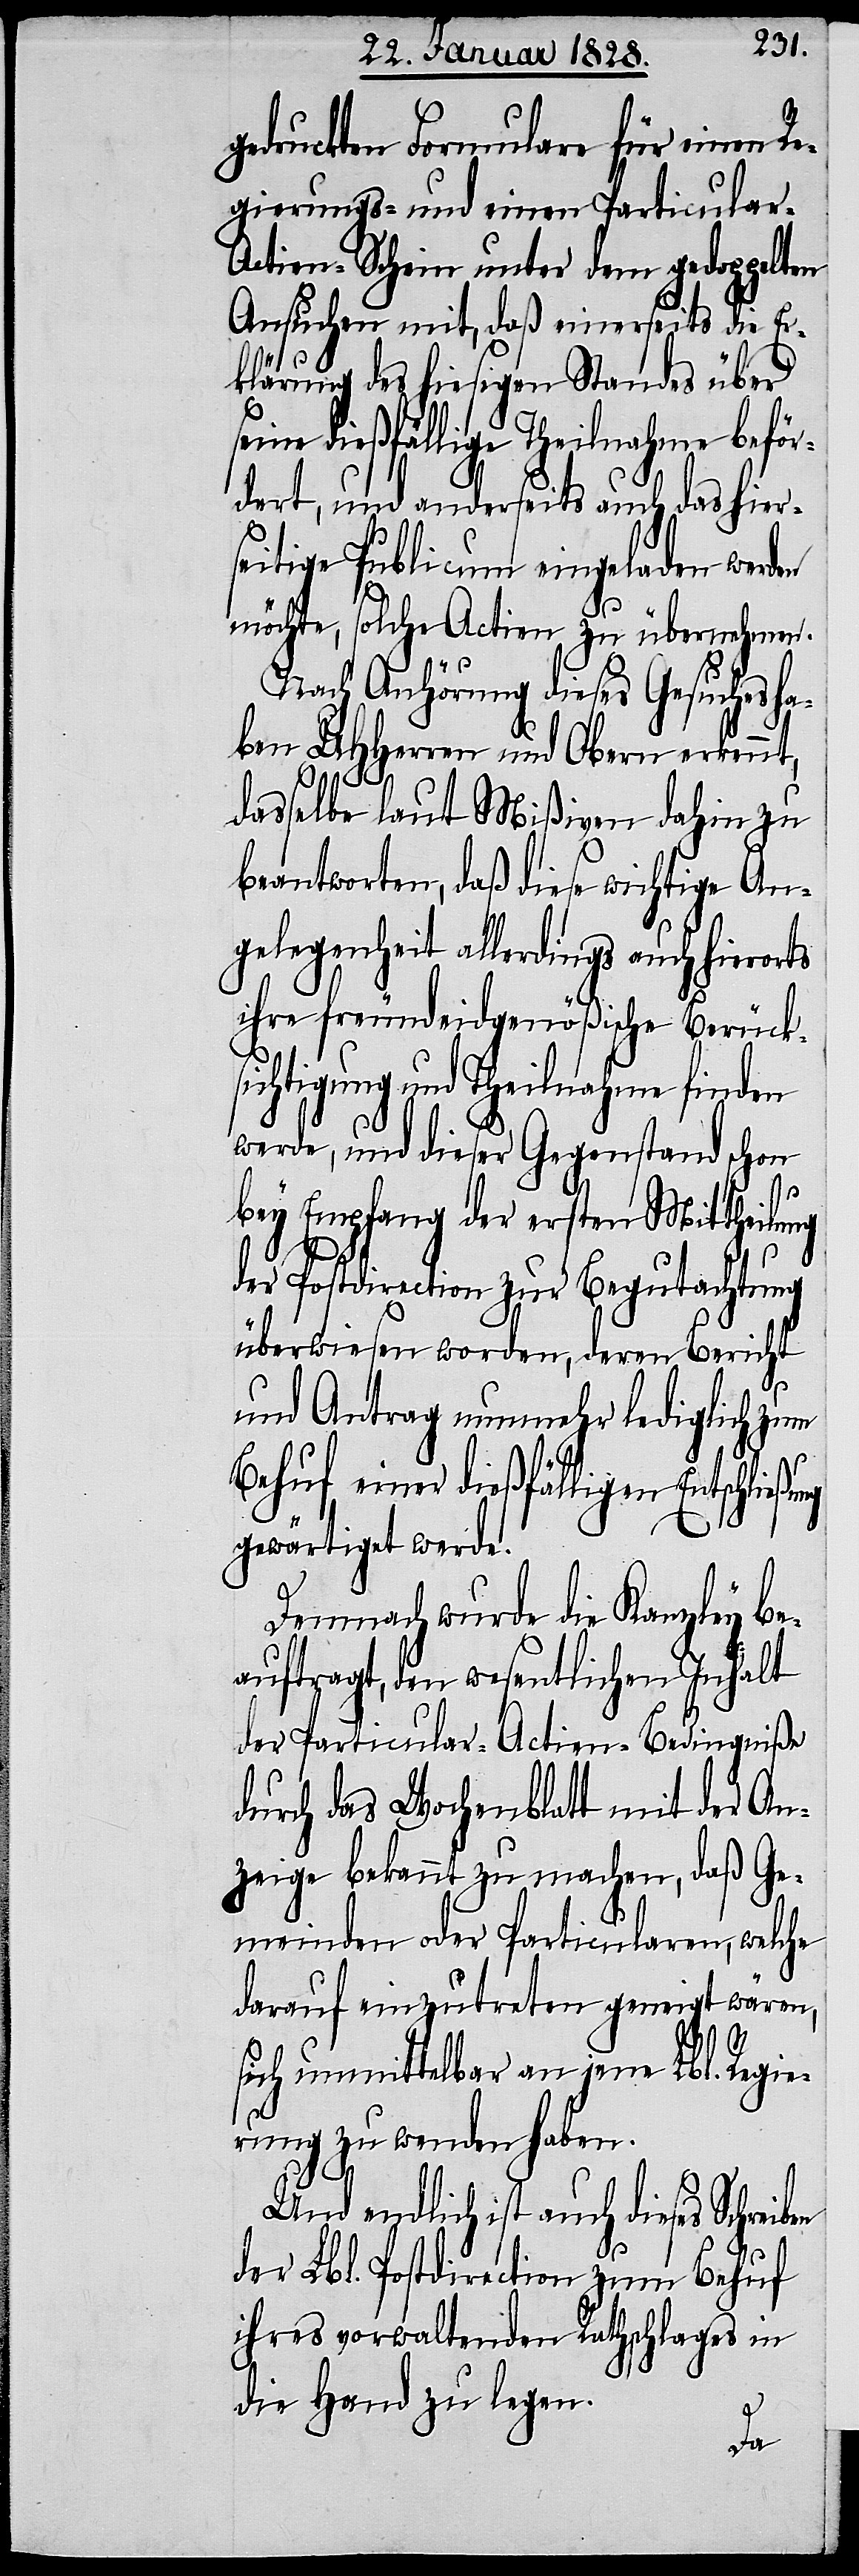
gedruckten Formulare für einen Re¬
gierungs- und einen Particular-A¬
ctien-Schein unter dem gedoppelten
Ansuchen mit, daß einerseits die Er¬
klärung des hiesigen Standes über
seine dießfällige Theilnahme beför¬
dert, und anderseits auch das hier¬
seitige Publicum eingeladen werden
möchte, solche Actien zu übernehmen.
Nach Anhörung dieses Gesuches ha¬
ben UHHerren und Obern erkennt,
ßung
dasselbe laut Mißiven dahin zu
beantworten, daß diese wichtige An¬
gelegenheit allerdings auch hierorts
ihre freundeidgenößische Berück¬
sichtigung und Theilnahme finden
werde, und dieser Gegenstand schon
bey Empfang der ersten Mittheilung
der Postdirection zur Begutachtung
überwiesen worden, deren Bericht
und Antrag nunmehr lediglich zum
Behuf einer dießfälligen Entschlie¬
gewärtiget werde.
ben
Demnach wurde die Kanzley be¬
auftragt, den wesentlichen Inhalt
der Particular-Actien-Bedingniße
durch das Wochenblatt mit der An¬
zeige bekannt zu machen, daß Ge¬
meinden oder Particularen, welche
darauf einzutreten geneigt wären,
sich unmittelbar an jene Lbl. Regie¬
rung zu wenden haben.
Und endlich ist auch dieses Schrei¬
der Lbl. Postdirection zum Behuf
ihres vorwaltenden Rathschlages in
die Hand zu legen.